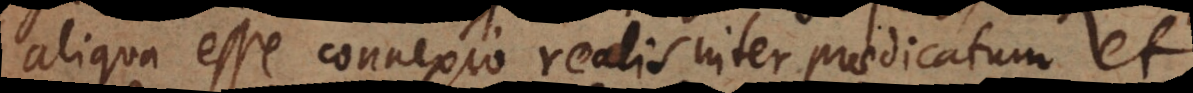
aliqua esse connexio realis inter praedicatum et